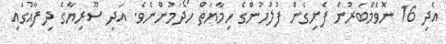
އެދި 16 ނޮވެމްބަރުން ފެށިގެން ފުލުހުންގެ ހިމާޔަތް ހޯދަމުންނެވެ. އަދި ސޫރިޔާގެ ދިފާއުގައި